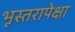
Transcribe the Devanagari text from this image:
भूस्तरापेक्षा